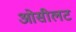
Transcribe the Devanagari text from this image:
ओसीलट